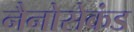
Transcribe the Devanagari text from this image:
नैनोसेकंड